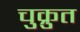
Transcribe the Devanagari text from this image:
चुक्रुत